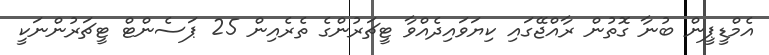
އެމްޑީޕީން ބުނާ ގޮތުން ރާއްޖޭގައި ކިޔަވައިދެއްވާ ޓީޗަރުންގެ ތެރެއިން 25 ޕަސެންޓް ޓީޗަރުންނަކީ